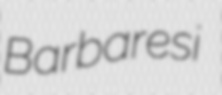
Barbaresi